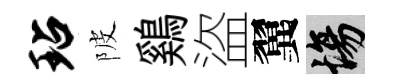
玷陂鷄盜翼場